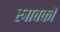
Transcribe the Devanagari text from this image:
स्त्रावकों